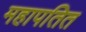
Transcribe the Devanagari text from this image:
महापतित